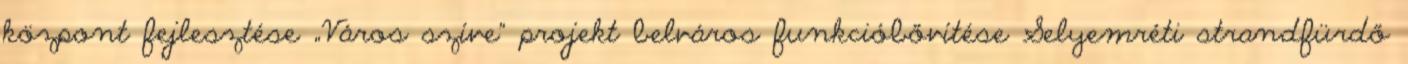
központ fejlesztése „Város szíve” projekt belváros funkcióbővítése Selyemréti strandfürdő